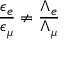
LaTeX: \frac { \epsilon _ { e } } { \epsilon _ { \mu } } \not = \frac { \Lambda _ { e } } { \Lambda _ { \mu } }